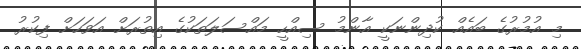
މި އުމުރުގެ ބައެއް ކުދިންނަކީ އާންމު ސިއްހީ މައްސަލަތަކުގެ އިތުރަށް އަވަހަށް ފިކުރު